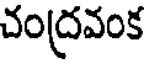
చంద్రవంక